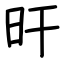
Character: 旰